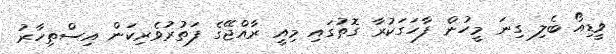
ވީޑިއޯ ބެލި ގިނަ މީހުން ފާހަގަކުރާ ގޮތުގައި މިއީ ރާއްޖޭގެ ފަތުރުވެރިކަން އިސްތިހާރު